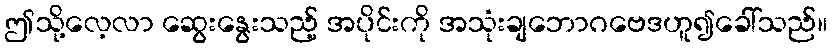
ဤသို့လေ့လာ ဆွေးနွေးသည့် အပိုင်းကို အသုံးချဘောဂဗေဒဟူ၍ခေါ်သည်။